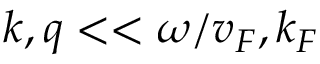
k , q < < \omega / v _ { F } , k _ { F }